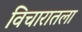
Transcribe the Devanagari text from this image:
विचारातला